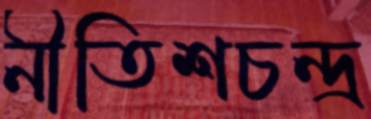
নীতিশচন্দ্র